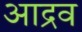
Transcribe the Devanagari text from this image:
आद्रव